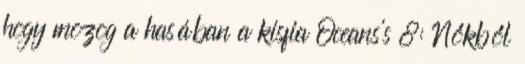
hogy mozog a hasában a kisfia Oceans's 8: Nőkből